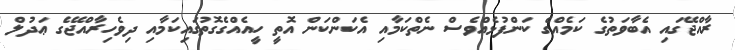
ރާއްޖޭގައި އެބާވަތުގެ ކަމެއްގެ ކަންފުޅެއްވެސް ނެތްކަމާއި އެކަންކަން އޮތީ ހީއެއްގެގޮތުގައިކަމާއި ދިވެހިރާއްޖޭގެ ޢަދުލް